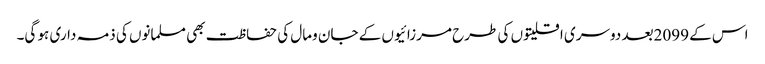
اس کے 2099بعد دوسری اقلیتوں کی طرح مرزائیوں کے جان ومال کی حفاظت بھی مسلمانوں کی ذمہ داری ہو گی۔